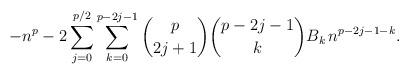
LaTeX: \begin{align*}-n^p - 2 \sum_{j=0}^{p/2} \sum_{k=0}^{p-2j-1} \binom{p}{2j+1} \binom{{p-2j-1}}{k} B_k \, n^{p-2j-1-k}.\end{align*}